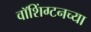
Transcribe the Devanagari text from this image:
वाॅशिंग्टनच्या